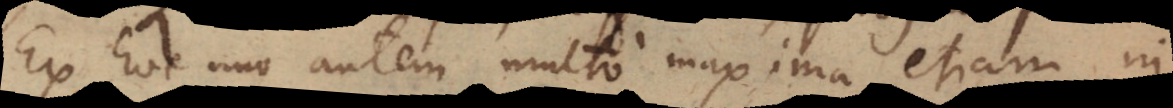
Ex hoc uno autem multo maxima etiam in